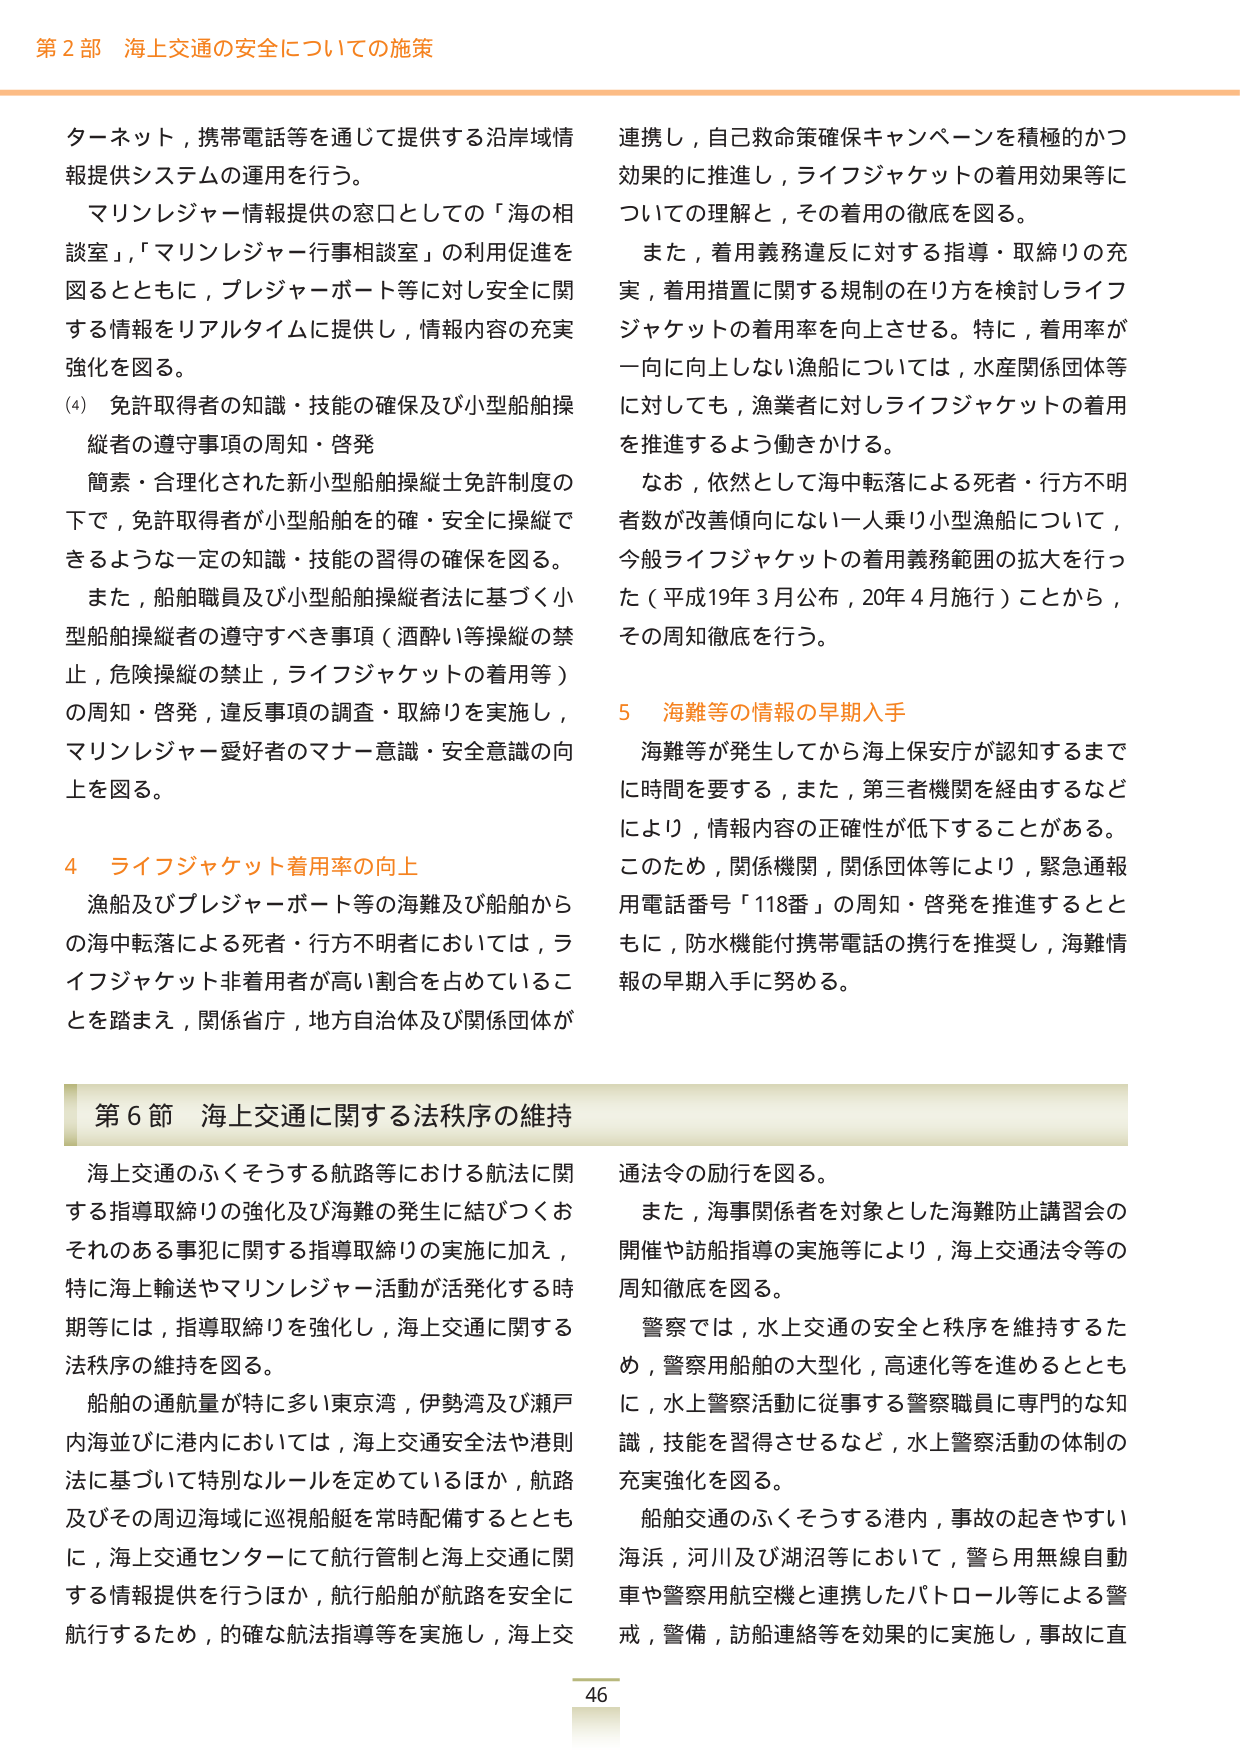
第2部 海上交通の安全についての施策

ターネット，携帯電話等を通じて提供する沿岸域情報提供システムの運用を行う。
マリンレジャー情報提供の窓口としての「海の相談室」，「マリンレジャー行事相談室」の利用促進を図るとともに，プレジャーボート等に対し安全に関する情報をリアルタイムに提供し，情報内容の充実強化を図る。

(4) 免許取得者の知識・技能の確保及び小型船舶操縦者の遵守事項の周知・啓発
簡素・合理化された新小型船舶操縦士免許制度の下で，免許取得者が小型船舶を的確・安全に操縦できるような一定の知識・技能の習得の確保を図る。
また，船舶職員及び小型船舶操縦者法に基づく小型船舶操縦者の遵守すべき事項（酒酔い等操縦の禁止，危険操縦の禁止，ライフジャケットの着用等）の周知・啓発，違反事項の調査・取締りを実施し，マリンレジャー愛好者のマナー意識・安全意識の向上を図る。

4 ライフジャケット着用率の向上
漁船及びプレジャーボート等の海難及び船舶からの海中転落による死者・行方不明者においては，ライフジャケット非着用者が高い割合を占めていることを踏まえ，関係省庁，地方自治体及び関係団体が連携し，自己救命策確保キャンペーンを積極的かつ効果的に推進し，ライフジャケットの着用効果等についての理解と，その着用の徹底を図る。
また，着用義務違反に対する指導・取締りの充実，着用措置に関する規制の在り方を検討しライフジャケットの着用率を向上させる。特に，着用率が一向に向上しない漁船については，水産関係団体等に対しても，漁業者に対しライフジャケットの着用を推進するよう働きかける。
なお，依然として海中転落による死者・行方不明者数が改善傾向にない一人乗り小型漁船について，今般ライフジャケットの着用義務範囲の拡大を行った（平成19年3月公布，20年4月施行）ことから，その周知徹底を行う。

5 海難等の情報の早期入手
海難等が発生してから海上保安庁が認知するまでに時間を要する，また，第三者機関を経由するなどにより，情報内容の正確性が低下することがある。このため，関係機関，関係団体等により，緊急通報用電話番号「118番」の周知・啓発を推進するとともに，防水機能付携帯電話の携行を推奨し，海難情報の早期入手に努める。

第6節 海上交通に関する法秩序の維持
海上交通のふくそうする航路等における航法に関する指導取締りの強化及び海難の発生に結びつくおそれのある事犯に関する指導取締りの実施に加え，特に海上輸送やマリンレジャー活動が活発化する時期等には，指導取締りを強化し，海上交通に関する法秩序の維持を図る。
船舶の通航量が特に多い東京湾，伊勢湾及び瀬戸内海並びに港内においては，海上交通安全法や港則法に基づいて特別なルールを定めているほか，航路及びその周辺海域に巡視船舶を常時配備するとともに，海上交通センターにて航行管制と海上交通に関する情報提供を行うほか，航行船舶が航路を安全に航行するため，的確な航行指導等を実施し，海上交通法令の励行を図る。
また，海事関係者を対象とした海難防止講習会の開催や訪船指導の実施等により，海上交通法令等の周知徹底を図る。
警察では，水上交通の安全と秩序を維持するため，警察用船舶の大型化，高速化等を進めるとともに，水上警察活動に従事する警察職員に専門的な知識，技能を習得させるなど，水上警察活動の体制の充実強化を図る。
船舶交通のふくそうする港内，事故の起きやすい海浜，河川及び湖沼等において，警ら用無線自動車や警察用航空機と連携したパトロール等による警戒，警備，訪船連絡等を効果的に実施し，事故に直

46